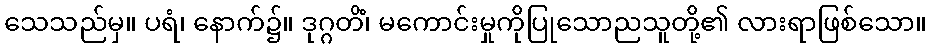
သေသည်မှ။ ပရံ၊ နောက်၌။ ဒုဂ္ဂတိံ၊ မကောင်းမှုကိုပြုသောညသူတို့၏ လားရာဖြစ်သော။